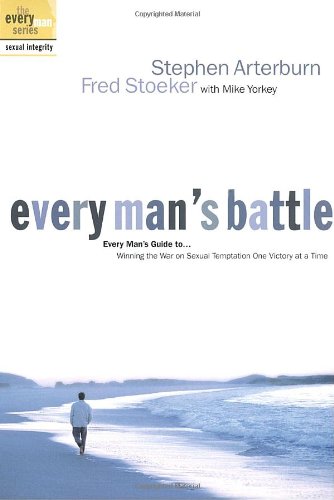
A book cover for Every Man's Battle: Winning the War on Sexual Temptation One Victory at a Time (The Every Man Series); Stephen Arterburn; Christian Books & Bibles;